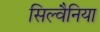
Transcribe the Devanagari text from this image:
सिल्वैनिया